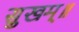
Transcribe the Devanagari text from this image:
सुखम्॥